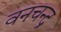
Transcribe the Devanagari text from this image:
वनचन्द्र